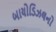
બાયોડિઝલનો